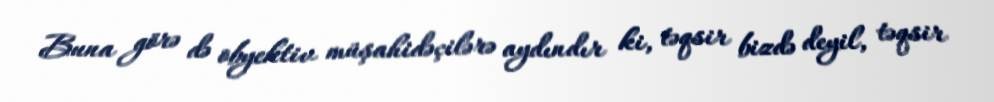
Buna görə də obyektiv müşahidəçilərə aydındır ki, təqsir bizdə deyil, təqsir